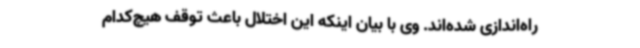
راه‌اندازی شده‌اند. وی با بیان اینکه این اختلال باعث توقف هیچ‌کدام